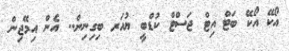
އޯކޭ އޯކޭ ބަޓް އިޓް ޖަސްޓް ކުޑްބީ ޔުއަރ ބިގިނިން.. އެން އިމޭޖިން